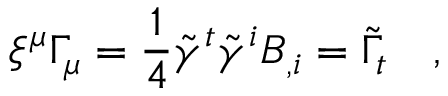
\xi ^ { \mu } \Gamma _ { \mu } = \frac 1 4 \tilde { \gamma } ^ { t } \tilde { \gamma } ^ { i } B _ { , i } = \tilde { \Gamma } _ { t } ~ ~ ~ ,